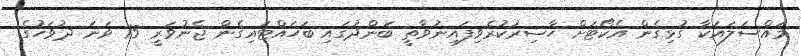
މައްސަލައަކާ ގުޅިގެން އެކޯޓަށް ޙާޟިރުކުރެވިފައިނުވާތީ ބަންދުގައި ބަހައްޓައިގެން ޖެނުވަރީ 15 ވަނަ ދުވަހުގެ